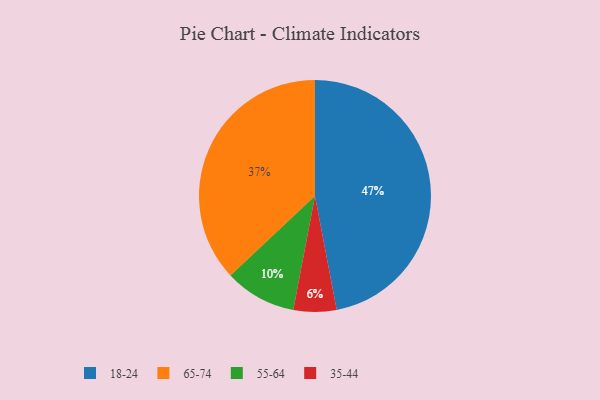
{"axis": {"x": "Category", "y": "Percentage"}, "legend": ["18-24", "35-44", "55-64", "65-74"], "data": [{"x": "18-24", "y": 47, "type": "18-24"}, {"x": "35-44", "y": 6, "type": "35-44"}, {"x": "65-74", "y": 37, "type": "65-74"}, {"x": "55-64", "y": 10, "type": "55-64"}]}